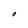
Character: O